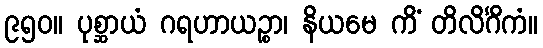
၉၅၀။ ပုစ္ဆာယံ ဂရဟာယဉ္စာ၊ နိယမေ ကိံ တိလိင်္ဂိကံ။